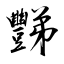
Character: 豒